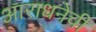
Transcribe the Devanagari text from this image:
आराधनेची